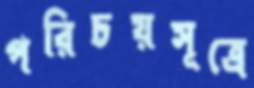
পরিচয়সূত্রে